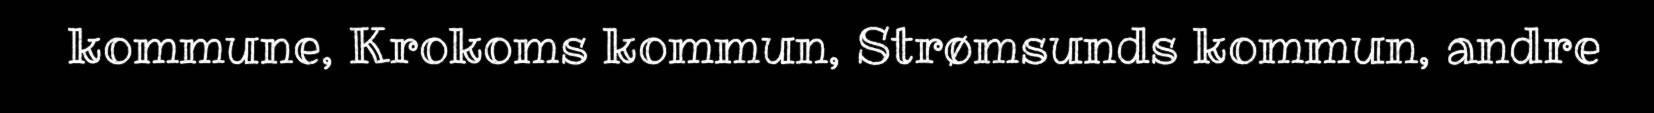
kommune, Krokoms kommun, Strømsunds kommun, andre